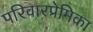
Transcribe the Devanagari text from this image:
परिवारप्रेमिका